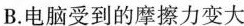
B.电脑受到的摩擦力变大